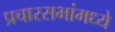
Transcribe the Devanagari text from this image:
प्रचारसभांमध्ये